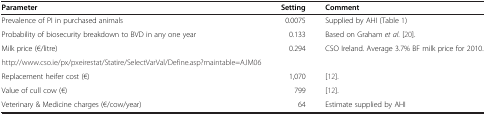
<table><thead><tr><td><b>Parameter</b></td><td><b>Setting</b></td><td><b>Comment</b></td></tr></thead><tbody><tr><td>Prevalence of PI in purchased animals</td><td>0.0075</td><td>Supplied by AHI (Table 1)</td></tr><tr><td>Probability of biosecurity breakdown to BVD in any one year</td><td>0.133</td><td>Based on Graham <i>et al.</i>[20].</td></tr><tr><td>Milk price (€/litre)</td><td>0.294</td><td>CSO Ireland. Average 3.7% BF milk price for 2010.</td></tr><tr><td>http://www.cso.ie/px/pxeirestat/Statire/SelectVarVal/Define.asp?maintable=AJM06</td><td> </td><td> </td></tr><tr><td>Replacement heifer cost (€)</td><td>1,070</td><td>[12].</td></tr><tr><td>Value of cull cow (€)</td><td>799</td><td>[12].</td></tr><tr><td>Veterinary &amp; Medicine charges (€/cow/year)</td><td>64</td><td>Estimate supplied by AHI</td></tr></tbody></table>